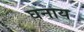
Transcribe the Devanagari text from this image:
घनाय